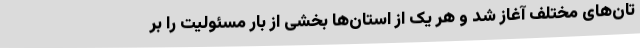
تان‌های مختلف آغاز شد و هر یک از استان‌ها بخشی از بار مسئولیت را بر